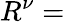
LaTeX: R^{\nu}=